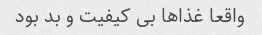
واقعا غذاها بى کیفیت و بد بود